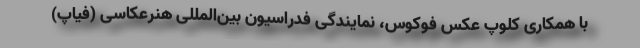
با همکاری کلوپ عکس فوکوس، نمایندگی فدراسیون بین‌المللی هنرعکاسی (فیاپ)